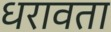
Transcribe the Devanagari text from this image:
धरावता